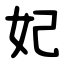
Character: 妃